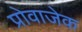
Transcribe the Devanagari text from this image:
प्रोवाजेक